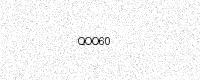
Text: QOO60